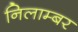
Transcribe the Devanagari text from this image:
निलाम्बर